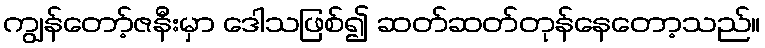
ကျွန်တော့်ဇနီးမှာ ဒေါသဖြစ်၍ ဆတ်ဆတ်တုန်နေတော့သည်။